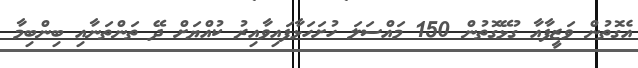
އެގޮތުން ވަޒީފާއާ ގުޅޭގޮތުން 150 މައްސަލަ ހުށަހަޅާފައިވާއިރު ކުއްޔަށް ދޭ ތަންތަނާއި ބިންބިމާ